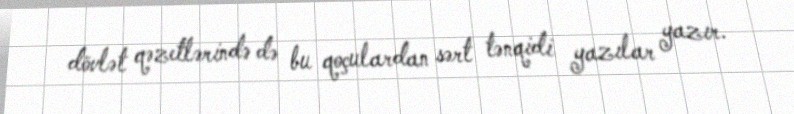
dövlət qəzetlərində də bu qoçulardan sərt tənqidi yazılar yazır.